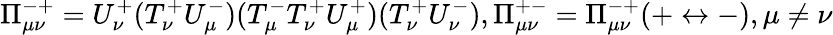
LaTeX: \Pi_{\mu\nu}^{-+}=U_{\nu}^{+}(T_{\nu}^{+}U_{\mu}^{-})(T_{\mu}^{-}T_{\nu}^{+}U_{\mu}^{+})(T_{\nu}^{+}U_{\nu}^{-}),\Pi_{\mu\nu}^{+-}=\Pi_{\mu\nu}^{-+}(+\leftrightarrow-),\mu\neq\nu